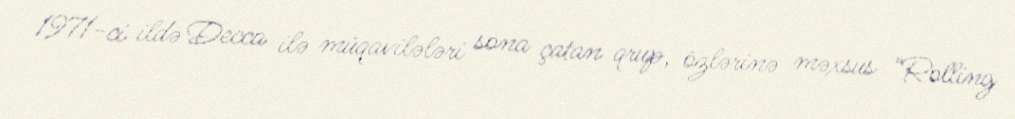
1971-ci ildə Decca ilə müqavilələri sona çatan qrup, özlərinə məxsus "Rolling